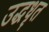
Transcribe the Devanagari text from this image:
उद्धधृत